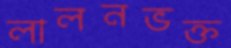
লালনভক্ত